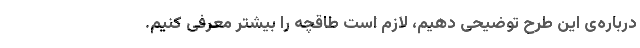
درباره‌ی این طرح توضیحی دهیم، لازم است طاقچه را بیشتر معرفی کنیم.